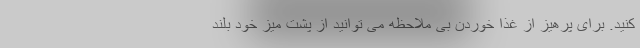
کنید. برای پرهیز از غذا خوردن بی ملاحظه می توانید از پشت میز خود بلند